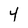
Character: 4